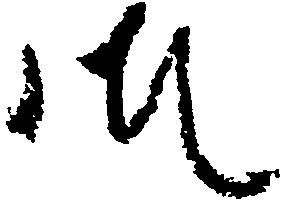
御